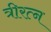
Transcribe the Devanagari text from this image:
त्रीरत्न